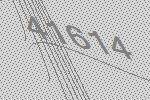
41614